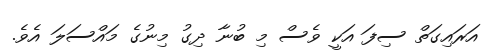
އަރައިގަތް ސިފަ އަކީ ވެސް މި ބުނާ ދިގު މިނުގެ މައްސަލަ އެވެ.